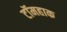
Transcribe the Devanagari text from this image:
टॉमहाक